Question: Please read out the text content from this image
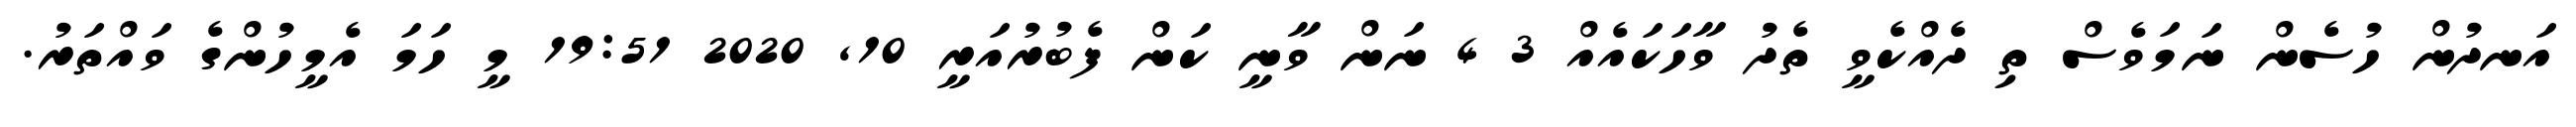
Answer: އަނދުން ހުސެން ނަމަވެސް ތި ދެއްކެވީ ތެދު ވާހަކައެއް 3 4 ނަން ވާނީ ކަން ފެބުރުއަރީ 10, 2020 19:51 މީ ހަމަ އެމީހުންގެ ވައްތަރު.